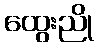
ထွေးညို